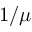
1 / \mu